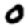
Digit: 0